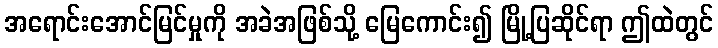
အရောင်းအောင်မြင်မှုကို အခဲအဖြစ်သို့ မြေကောင်း၍ မြို့ပြဆိုင်ရာ ဤထဲတွင်